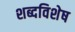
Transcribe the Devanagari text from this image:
शब्दविशेष